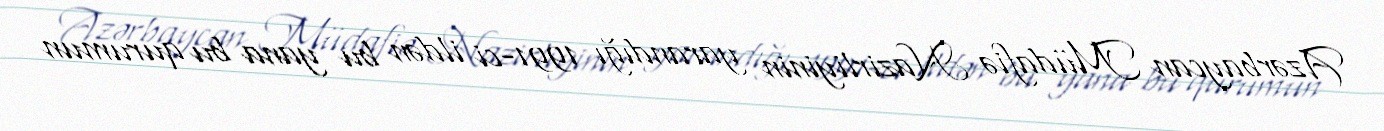
Azərbaycan Müdafiə Nazirliyinin yarandığı 1991-ci ildən bu yana bu qurumun